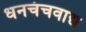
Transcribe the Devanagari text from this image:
धनचंचवाद्य